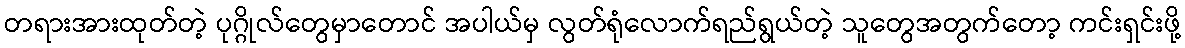
တရားအားထုတ်တဲ့ ပုဂ္ဂိုလ်တွေမှာတောင် အပါယ်မှ လွတ်ရုံလောက်ရည်ရွယ်တဲ့ သူတွေအတွက်တော့ ကင်းရှင်းဖို့